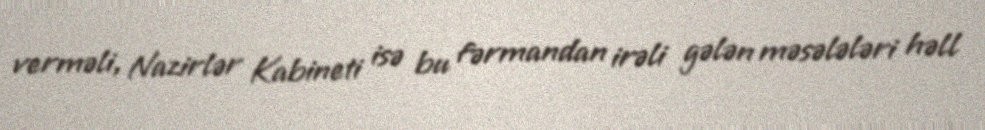
verməli, Nazirlər Kabineti isə bu fərmandan irəli gələn məsələləri həll